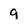
Character: 9